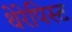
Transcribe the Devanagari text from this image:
थेरेपिस्ट